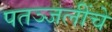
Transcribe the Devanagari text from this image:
पतञ्जलींचे